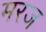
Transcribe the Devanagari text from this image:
मरज